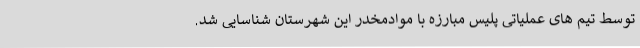
توسط تیم های عملیاتی پلیس مبارزه با موادمخدر این شهرستان شناسایی شد.